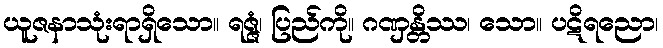
ယူဇနာသုံးရာရှိသော။ ရဇ္ဇံ၊ ပြည်ကို။ ဂဏှန္တိဿ၊ သော။ ပဋိရညော၊